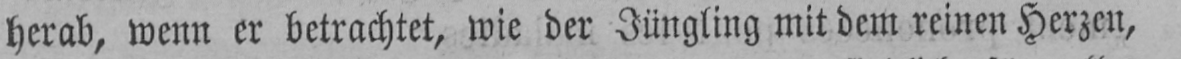
herab, wenn er betrachtet, wie der Jüngling mit dem reinen Herzen,